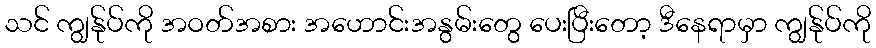
သင် ကျွန်ုပ်ကို အဝတ်အစား အဟောင်းအနွမ်းတွေ ပေးပြီးတော့ ဒီနေရာမှာ ကျွန်ုပ်ကို